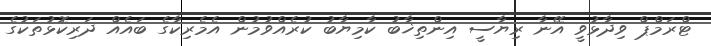
ޓްރަމްޕް ވިދާޅުވީ އޭނާ ރިޔާސީ އިންތިޚާބު ކާމިޔާބު ކުރެއްވުމުން އެމެރިކާގެ ބައެއް ދަރިކޮޅުތަކުގެ